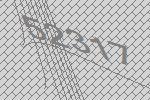
52317